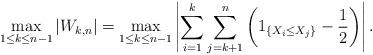
LaTeX: \begin{align*}\max\limits_{1\leq k\leq n-1}\left|W_{k, n}\right|=\max\limits_{1\leq k\leq n-1}\left|\sum\limits_{i=1}^k\sum\limits_{j=k+1}^n\left(1_{\left\{X_i\leq X_j\right\}}-\frac{1}{2}\right)\right|.\end{align*}